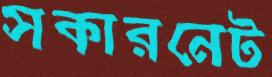
সকারনেট